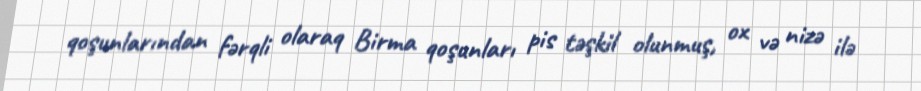
qoşunlarından fərqli olaraq Birma qoşunları pis təşkil olunmuş, ox və nizə ilə